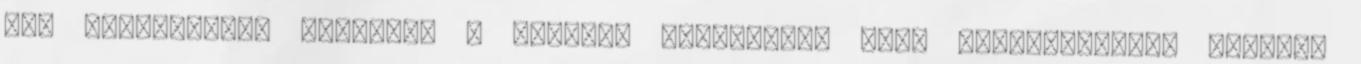
kis patakjának, valamint a Niagara vízeséshez való közelségének, gyakran